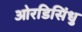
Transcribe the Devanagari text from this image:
ओरडिसिंधु